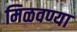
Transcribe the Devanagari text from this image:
मिळवण्या